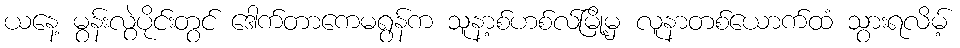
ယနေ့ မွန်းလွဲပိုင်းတွင် ဒေါက်တာကေမရွန်က သူနာ့စ်ဟစ်လ်မြို့မှ လူနာတစ်ယောက်ထံ သွားရလိမ့်